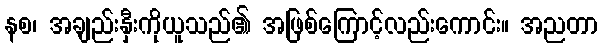
နစ၊ အချည်းနှီးကိုယူသည်၏ အဖြစ်ကြောင့်လည်းကောင်း။ အညတာ